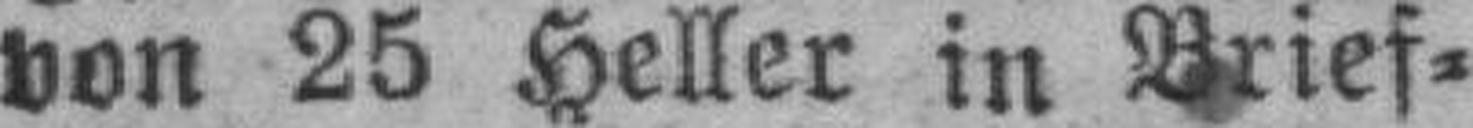
von 25 Heller in Brief¬